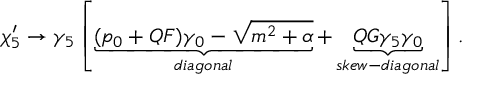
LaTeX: \chi _ { 5 } ^ { \prime } \rightarrow \gamma _ { 5 } \left[ \underbrace { ( p _ { 0 } + Q F ) \gamma _ { 0 } - \sqrt { m ^ { 2 } + \alpha } } _ { d i a g o n a l } + \underbrace { Q G \gamma _ { 5 } \gamma _ { 0 } } _ { s k e w - d i a g o n a l } \right] .